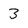
Character: 3